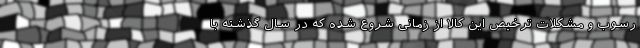
رسوب و مشکلات ترخیص این کالا از زمانی شروع شده که در سال گذشته با